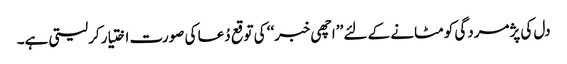
دل کی پژمردگی کو مٹانے کے لئے ’’اچھی خبر‘‘ کی توقع دُعا کی صورت اختیار کرلیتی ہے۔